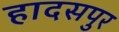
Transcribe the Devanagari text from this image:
हादसपुर